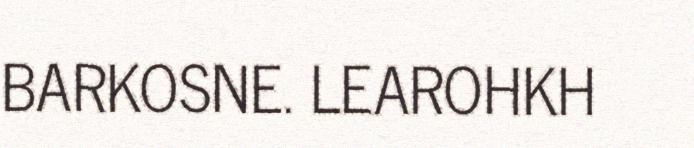
BARKOSNE. LEAROHKH